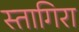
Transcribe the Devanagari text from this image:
स्तागिरा